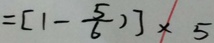
= [ 1 - \frac { 5 } { 6 } ) ] \times 5